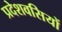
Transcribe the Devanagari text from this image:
प्रदेशवसियों